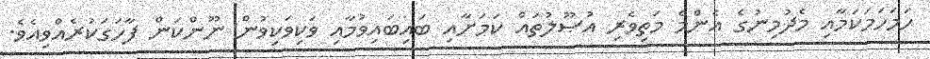
ހަމަހަމަކަމާއި މެދުމިނުގެ އެންމެ މަތިވެރި އުޞޫލުތައް ކަމަށާއި ބައިބައިވުމާއި ވަކިވަކިވުން ނޫންކަން ފާހަގަކުރެއްވިއެވެ.